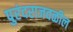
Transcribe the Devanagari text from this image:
पुरंदराजवळील